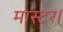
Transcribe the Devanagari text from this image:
मास्‍टर।